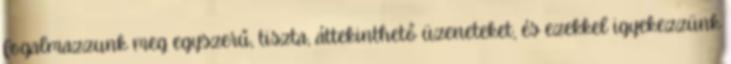
fogalmazzunk meg egyszerű, tiszta, áttekinthető üzeneteket, és ezekkel igyekezzünk